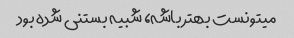
میتونست بهتر باشه، شبیه بستنی شده بود